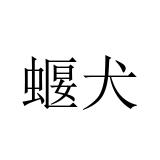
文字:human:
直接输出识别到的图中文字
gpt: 蝘犬